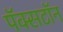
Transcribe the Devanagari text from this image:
पॅक्सटॉन